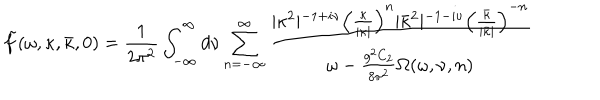
\tilde { f } ( \omega , \kappa , \bar { \kappa } , 0 ) = \frac { 1 } { 2 \pi ^ { 2 } } \int _ { - \infty } ^ { \infty } d \nu \sum _ { n = - \infty } ^ { \infty } { \frac { \vert \kappa ^ { 2 } \vert ^ { - 1 + i \nu } \left( { \frac { \kappa } { \vert \kappa \vert } } \right) ^ { n } \vert \bar { \kappa } ^ { 2 } \vert ^ { - 1 - i \nu } \left( { \frac { \bar { \kappa } } { \vert \bar { \kappa } \vert } } \right) ^ { - n } } { \omega - \frac { g ^ { 2 } C _ { 2 } } { 8 \pi ^ { 2 } } \Omega ( \omega , \nu , n ) } }